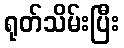
ရုတ်သိမ်းပြီး